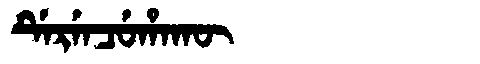
Manchu: ᡩᡝᡵᡝᠨᠴᡠᡥᠠᡴᡡ
Romanization: DERENCUHAKŪ